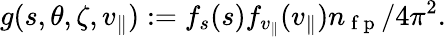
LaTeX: g(s,\theta,\zeta,v_{\parallel}):=f_{s}(s)f_{v_{\parallel}}(v_{\parallel})n_{\mathrm{~f~p~}}/4\pi^{2}.